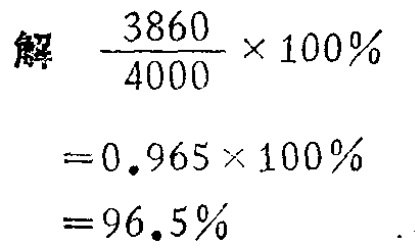
\[

\begin{align*}

&\text{解}\quad\frac{3860}{4000}\times100\%\\

&= 0.965\times100\%\\

&= 96.5\%

\end{align*}

\]